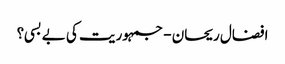
افضال ریحان - جمہوریت کی بے بسی؟